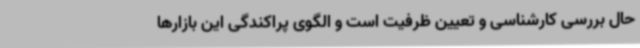
حال بررسی کارشناسی و تعیین ظرفیت است و الگوی پراکندگی این بازارها